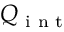
Q _ { \textrm { i n t } }